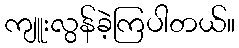
ကျူးလွန်ခဲ့ကြပါတယ်။